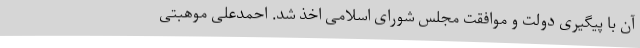
آن با پیگیری دولت و موافقت مجلس شورای اسلامی اخذ شد. احمدعلی موهبتی